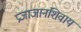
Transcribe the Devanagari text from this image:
प्रजाजानंशिवाय